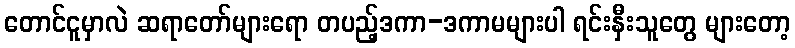
တောင်ငူမှာလဲ ဆရာတော်များရော တပည့်ဒကာ-ဒကာမများပါ ရင်းနှီးသူတွေ များတော့